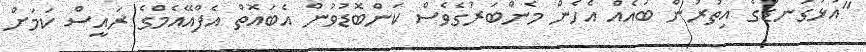
"އަޅުގަނޑުގެ އިތުރުން ބައެއް އެހެން މެންބަރުގެވެސް ކަންބޮޑުވުން އެބައޮތް އެފްއޭއެމްގެ ރައީސް ކަމަށް